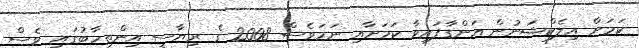
ކަމަށް އިލެކްޝަނުން އަންގާފައިވާ ކަމަށާއި ނަމަވެސް 2008 ގެ ރިޔާސީ އިންތިހާބުގައި ވެސް